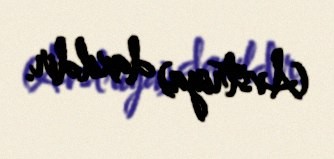
(Avstriya) daxildir.